Statistical return of the lunatic asylum in Assam - 1912-1932
Year: 1912
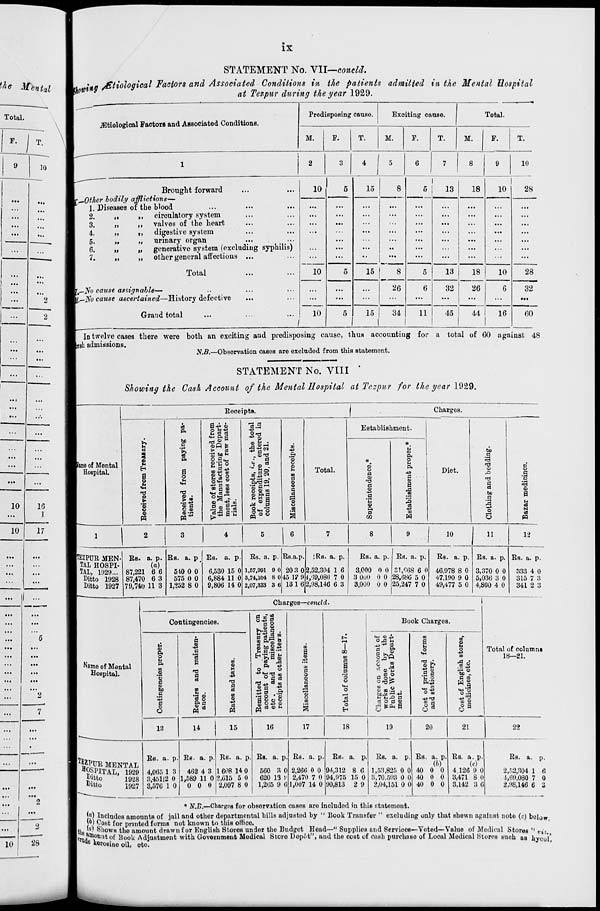
IX
fJie Mental
Total.
F.
10
2
2
STATEMENT No. VII—conM
L **a JStiological Factors and Associated Conditions in the patients admitted in the Mental Hospital
W°m s
at Tezpur during the year 1929.
.astiologioal Factors and ABSociated Conditions.
Predisposing cause.
Exciting cause.
Total.
M.
F.
T.
M.
F.
T.
M.
F.
T.
1
2
3
4
| 5
6
7
8
9
10
Brought forward
\-0ther bodily afflictions—
1. Diseases of the blood
2.
„
,, circulatory system
3.
„
,, valves of the heart
4.
„
„ digestive system
5.
„
„ urinary organ
...
...
6.
„
„ generative system (excluding syphilis)
7.
„
„ other general affections ...
10
5
15
00
I 00
i
5
13
18
10
28
10
•■
...
...
...
...
...
...
Total
5
15
5
13
18
26
10
28
,—JVb cause assignable—
[—No cause ascertained—History defective
10
...
...
26
6
32
6
32
Grand total
/
5
J
15
1
34
11
45
44
16
60
In twelve cases there were both an exciting and predisposing cause, thus accounting for a total of 60 against 48
liesh admissions.
N.B,—Observation cases are excluded from this statement.
STATEMENT No. VIII '
Showing the Cash Account of the Mental Hospital at Tczpur for the year 1929.
..J
...
...
...
...
..'.
...
...
...
...
...
...
10
16
...
.1.
10
17
...
...
...
...
...
...
"2
...
7
...
...
...
...
...
2
...
...
...
2
10
1
28
Receipts.
Charges.
Uamo of Mental
Hospital.
u
a
m
m
s
a o
u
CD
CJ
©
a
ft
bo
r.
"&
ft
o
CD
'
t» CO
>&«
O CD
S-w i
t-i ft fl
,rt CD "
t»
e3
•S bO*
2.S«H
O «H w
■P30
«S § J
S "8 3
,2 ® Sri
*£a-c
-Si--
^ o
el
to © ■
_ftH3 *»
O O 10
ill
§■38
«
!D
.2*
©
CD
a
o
o
I u
ID
i
Total.
Establishment.
#
u
co
ft
O
M
CD
ft
O
el
49
<§
'd
CD
a
i
0
I
a
3
y
rO
ft
5
-»3
0
ED
w
w
Diet.
bo
a
X
n-<
at
0
0
,Q
a
T3
t>
d
a
0
bo
a
a
■5
0
u
3
IS)
05
0
n
10
fTEZPUR MEN-
TAL HOSPI-
TAL, 1020...
Ditto 1928
Ditto 1927
Rs. 1. p.
(a)
87,221 6 6
87,470 6 3
79,741) 11 3
Rs. a. p ' Rs. a. p
510 0 0
575 0 0
1,252 8 0
6,530 15 0
6,884 11 0
9,806 14 0
Rs. a. p.
1,57,001 0 0
3,74,104 8 0
2,07,333 3 6
Rs.a.p. iRs. a. p.
20 3 0
45 1?9
13 16
2,52,304 1 6
4/59,080 7 0
2,98,146 6 3
Rs. a. p.
3,000 0 0
3 0U0 0 0
3,000 0 0
Rs. a. p.
37,068 6 0
28,686 5 0
25,247 7 0
Rs. a. p.
46,978 8 0
47,190 9 0
49,477 5 0
11
12
Rs. a. p.
3,370 0 0
5,036 3 0
4,800 4 0
Rs. a. p.
333 4 0
315 7 3
341 2 3
Charges—concld.
Contingencies.
Name of Mental
Hospital.
u
<o
ft
o
u
ft
ID
to
'5
c
<o
bo
c
el
o
a
.2
T3
el
a
a> u .
"3 8
ft a
co M
ID
CD
H
$
•X)
a
et
<D
O
M
ei w
0 ■**
ID
n u
>, 0 0
a
a e3 3 CD
fa
CD
Ul ft a>
0 42
H k. a M
CD
m
^3
ft ^
e
O
■**^ T)
u
c3
13
ci m
<u
0
-*3
-t-l
ft
I
O
CD
O (9 U
U +-> CO
«
cd w R
CD
es
o
co
c
CD
O
m
a
o
o
H
Book Charges.
JJ-P cS
g a
P o
Oro|
to
0
»H M^S el
et O d 1>
(D
a E
o
CD L 4
11 u o
P.43
O m
9 a
o
u
o
m
IT- CD
bo 1
C CD
w .s
9 a
o
Total of column*
18—21.
13
14
15
16
17
18
19
20
21
22
RES? MENTAL
^SPITAL, 1929
^Jtto
19^8
Ditto
i<)27
Rs. a. p,
4,065 1 3
3,45112 0
3,576 1 0
Rs. a. p.
462 4 3
1,589 11 0
0 0 0
Rs. a. p.
1 608 14 0
2.615 5 0
2,097 8 0
Rs. a. p.
560 3 0
620 13 !
1,205 9 6
Rs. a. p.
2,266 0 0
2,470 7 0
1,007 14 0
Rs. a. p,
94,312 8 6
94,975 15 0
90,813 2 9
RB. a. P.
1,53,825 0 0
3,70,593 0 0
2,04,151 0 0
Rs. a. p. Rs. a. p.
lb)
(0)
40 0 0 4.126 9 0
40 0 0 3,471 8 0
40 0 0 3,142 3 6
Rs. a.
2,52,304 1 6
4,69,080 7 0
2,98,146 6 3
• N.B.—Charges for observation cases aro included in this statement.
JjO Includes amounts of jail and other departmental bills adjusted by " TJook Transfer " excluding only that shown against note ( c ) below
}*) Cost for printed forms not known to this office.
11 ud
Shows the amount drawn for English Stores undor the Budgot Head—" Supplies and Servioos—Voted—Value of Modical Stores " »; l3
L u ? m°& utof Book Adjustment with Govornment Medical Storo Depot", and tho cost of Oaih purchase of Local Medical Stores such as hyooi"
ae Wrosino oil. oto.